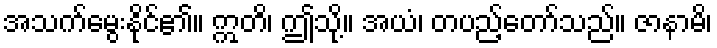
အသက်မွေးနိုင်၏။ ဣတိ၊ ဤသို့။ အယံ၊ တပည့်တော်သည်။ ဇာနာမိ၊